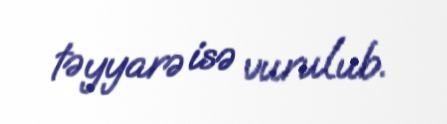
təyyarə isə vurulub.